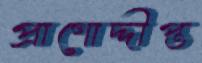
প্রাণোদ্দীপ্ত